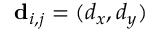
\mathbf { d } _ { i , j } = ( d _ { x } , d _ { y } )